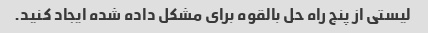
لیستی از پنج راه حل بالقوه برای مشکل داده شده ایجاد کنید.